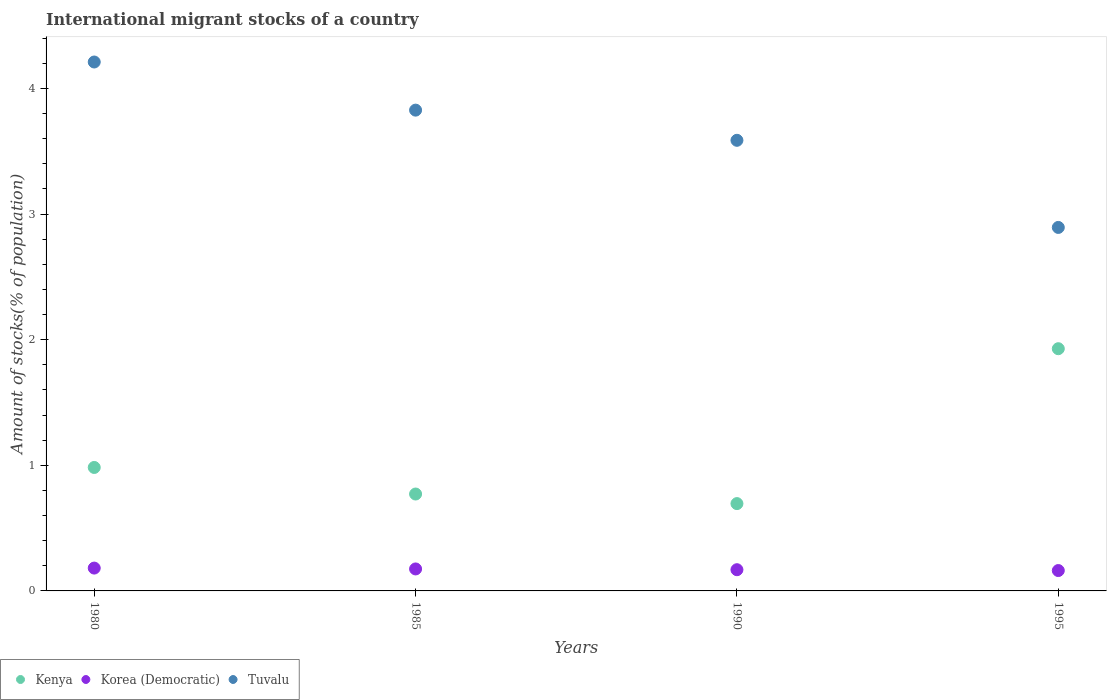
| Years | Kenya | Korea (Democratic) | Tuvalu |
 | --- | --- | --- | --- |
 | 1980 | 0.983 | 0.182 | 4.21 |
 | 1985 | 0.771 | 0.175 | 3.83 |
 | 1990 | 0.695 | 0.169 | 3.59 |
 | 1995 | 1.93 | 0.162 | 2.89 |